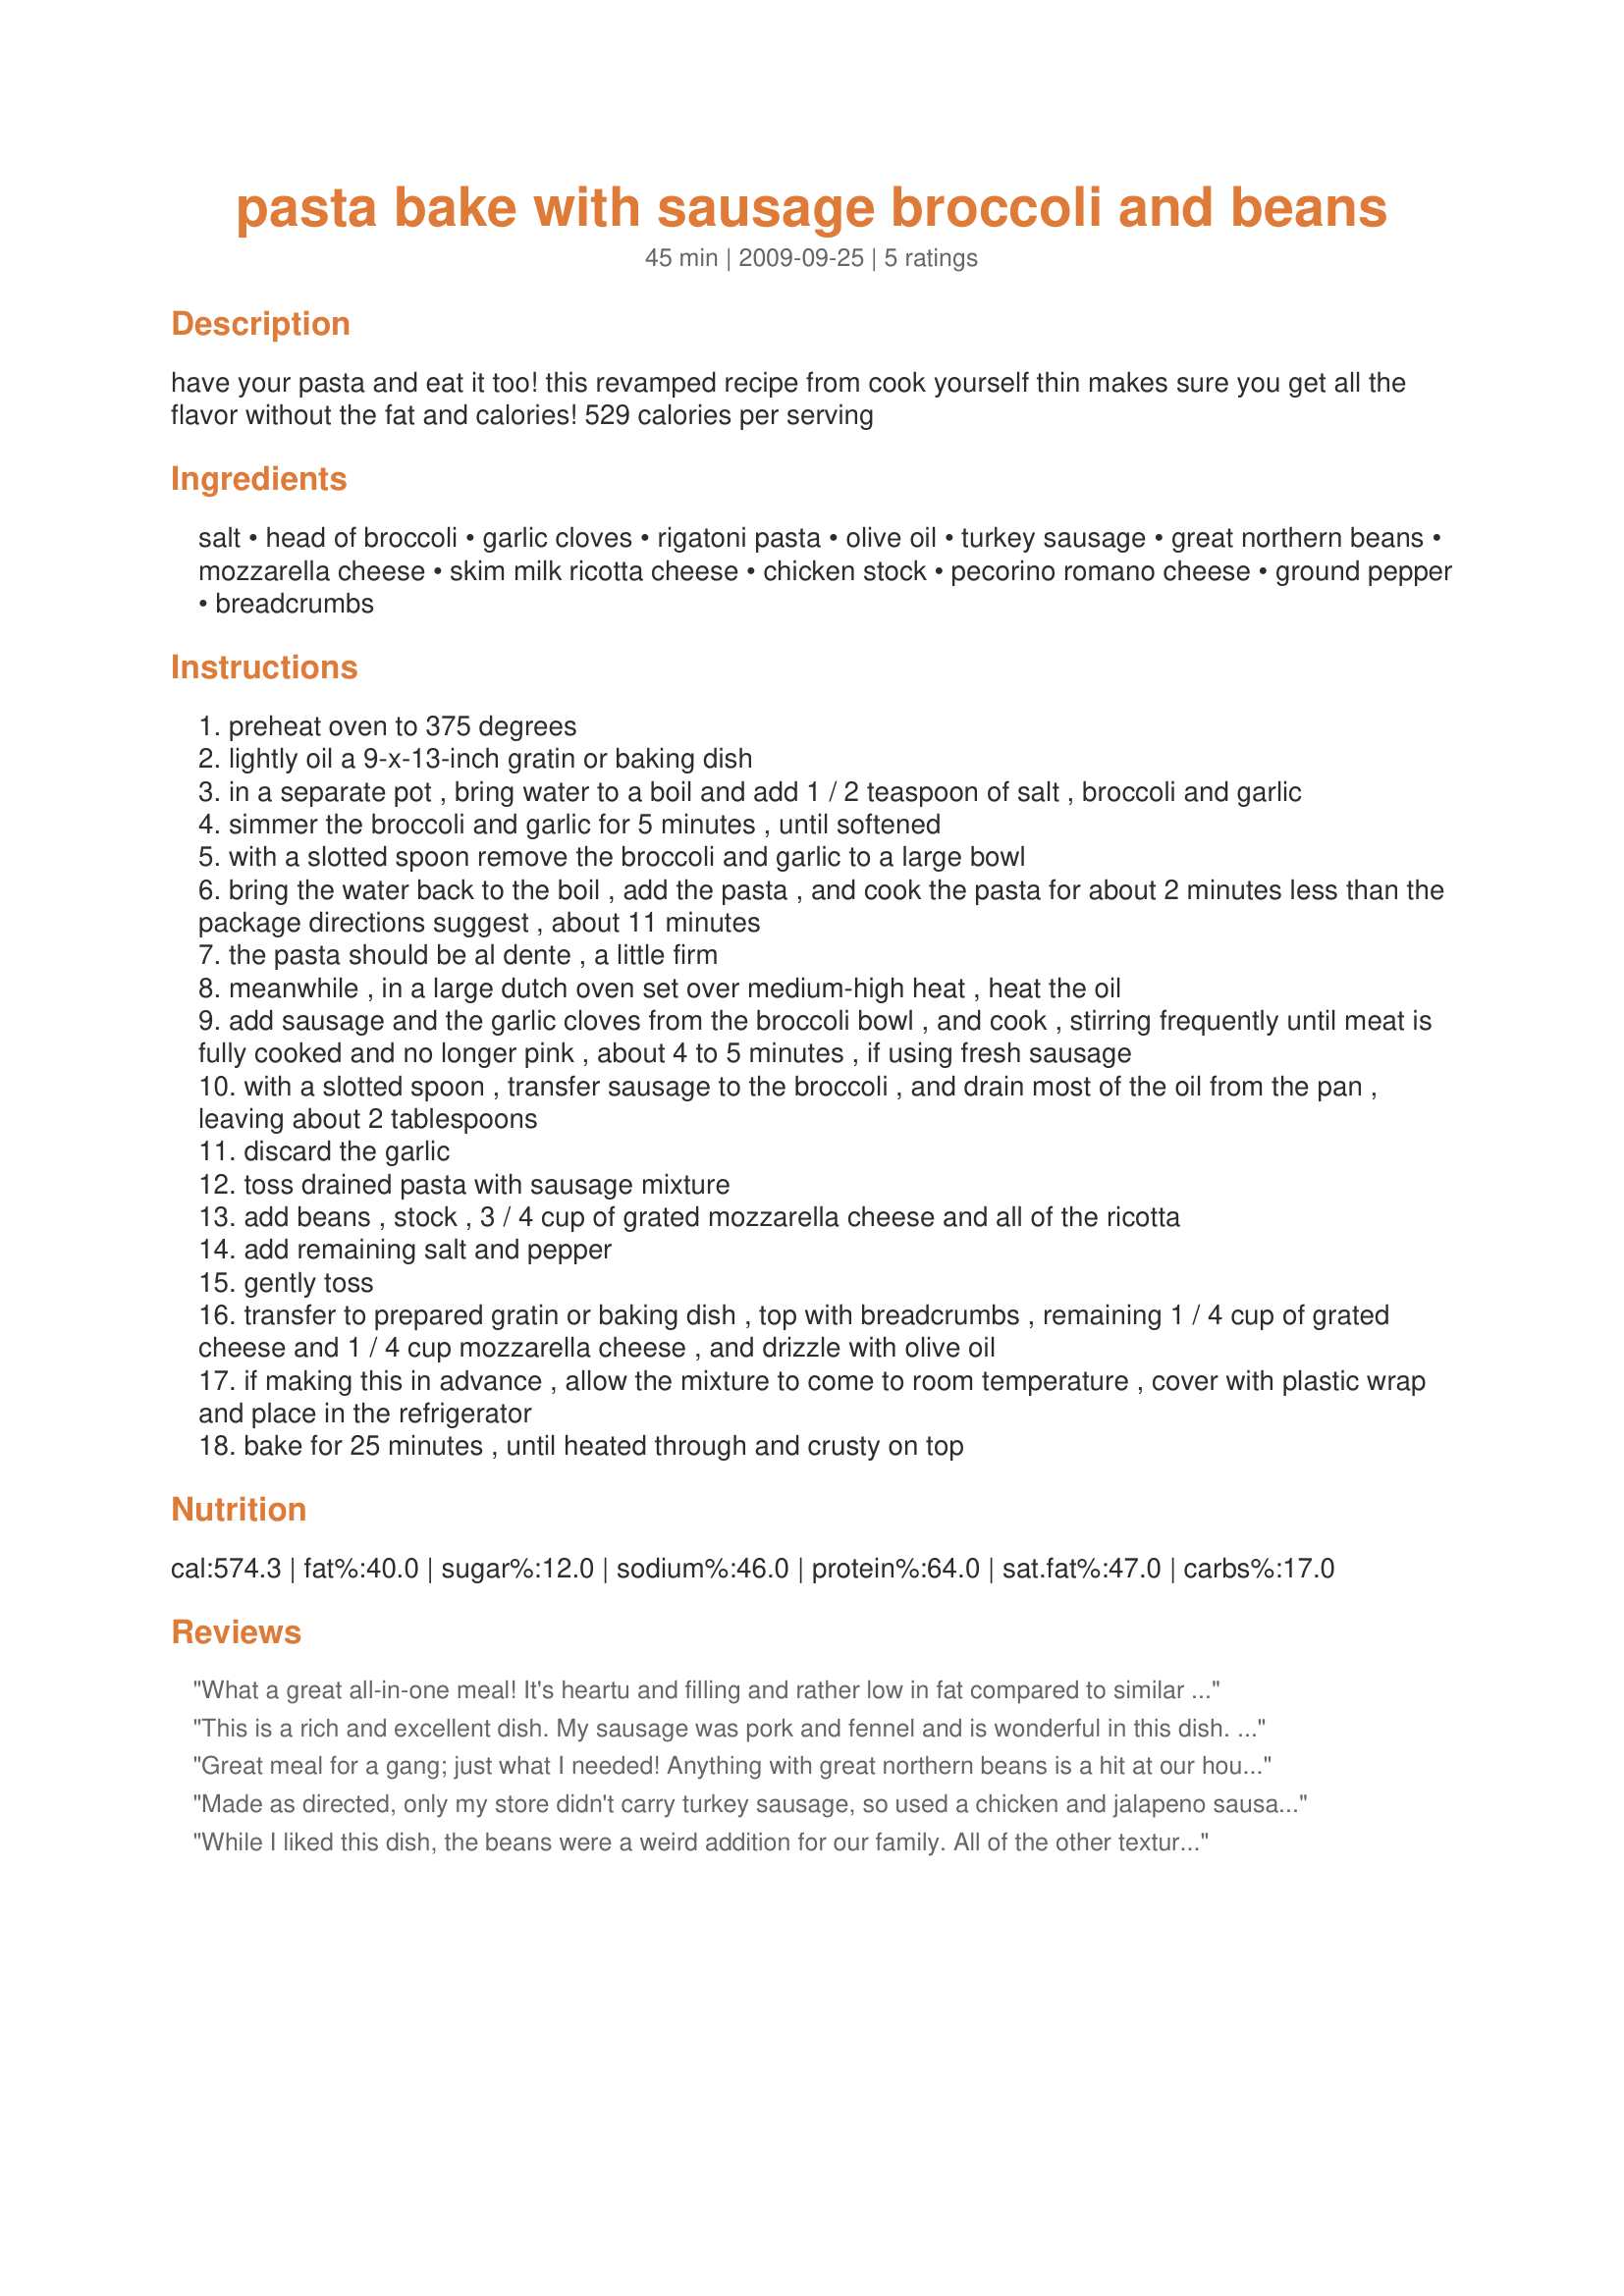
pasta bake with sausage broccoli and beans
Preparation time: 45 minutes

have your pasta and eat it too! this revamped recipe from cook yourself thin makes sure you get all the flavor without the fat and calories!

529 calories per serving

Ingredients:
salt, head of broccoli, garlic cloves, rigatoni pasta, olive oil, turkey sausage, great northern beans, mozzarella cheese, skim milk ricotta cheese, chicken stock, pecorino romano cheese, ground pepper, breadcrumbs

Steps:
preheat oven to 375 degrees
lightly oil a 9-x-13-inch gratin or baking dish
in a separate pot , bring water to a boil and add 1 / 2 teaspoon of salt , broccoli and garlic
simmer the broccoli and garlic for 5 minutes , until softened
with a slotted spoon remove the broccoli and garlic to a large bowl
bring the water back to the boil , add the pasta , and cook the pasta for about 2 minutes less than the package directions suggest , about 11 minutes
the pasta should be al dente , a little firm
meanwhile , in a large dutch oven set over medium-high heat , heat the oil
add sausage and the garlic cloves from the broccoli bowl , and cook , stirring frequently until meat is fully cooked and no longer pink , about 4 to 5 minutes , if using fresh sausage
with a slotted spoon , transfer sausage to the broccoli , and drain most of the oil from the pan , leaving about 2 tablespoons
discard the garlic
toss drained pasta with sausage mixture
add beans , stock , 3 / 4 cup of grated mozzarella cheese and all of the ricotta
add remaining salt and pepper
gently toss
transfer to prepared gratin or baking dish , top with breadcrumbs , remaining 1 / 4 cup of grated cheese and 1 / 4 cup mozzarella cheese , and drizzle with olive oil
if making this in advance , allow the mixture to come to room temperature , cover with plastic wrap and place in the refrigerator
bake for 25 minutes , until heated through and crusty on top

Reviews:
What a great all-in-one meal! It's heartu and filling and rather low in fat compared to similar recipes like it. This is perfect when you're tired of tomato-based pasta dishes. I made this according to the recipe. It's a keeper! Thanx.
This is a rich and excellent dish. My sausage was pork and fennel and is wonderful in this dish. I had no broccoli so used 3 green peppers fresh from the garden as a sub but one that I don't think altered the dish at all.Made for ZWT 6.
Great meal for a gang; just what I needed! Anything with great northern beans is a hit at our house. I had cooked italan sausage, sliced and added to the mix. Thank you for posting;I made this for ZWT6.
Rita
Made as directed, only my store didn't carry turkey sausage, so used a chicken and jalapeno sausage instead. Thanks, Mommy Diva, for a dinner even a picky teenager will eat! Made for Aussie New Zealand Recipe Swap.
While I liked this dish, the beans were a weird addition for our family. All of the other textures seemed to go together, but then you would get a bean and it seemed out of place. The taste was good, but I think I will omit the beans next time. Thanks for posting!
